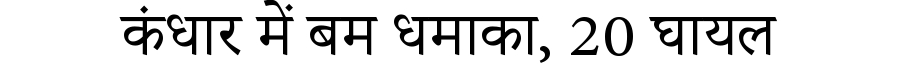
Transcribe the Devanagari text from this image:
कंधार में बम धमाका, 20 घायल